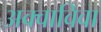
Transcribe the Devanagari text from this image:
अक्वाविवा